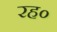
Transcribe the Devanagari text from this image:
रह०